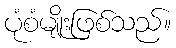
ပုံစံမျိုးဖြစ်သည်။